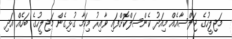
މަޖިލީހުގެ ޖަލްސާއެއް މިއަދު ކެންސަލްކޮށްފައި ވާއިރު މިކަމާ ގުޅިގެން މަޖިލީހުގެ ބަހެއް އަދި